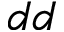
d d